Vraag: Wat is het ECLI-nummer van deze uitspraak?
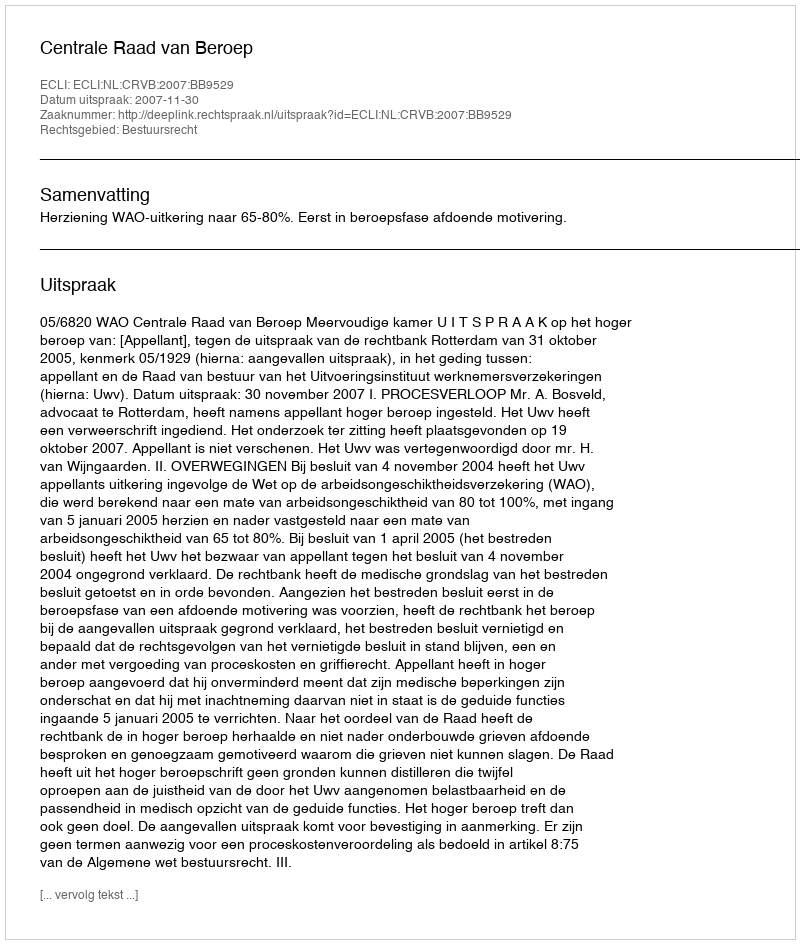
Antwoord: ECLI:NL:CRVB:2007:BB9529